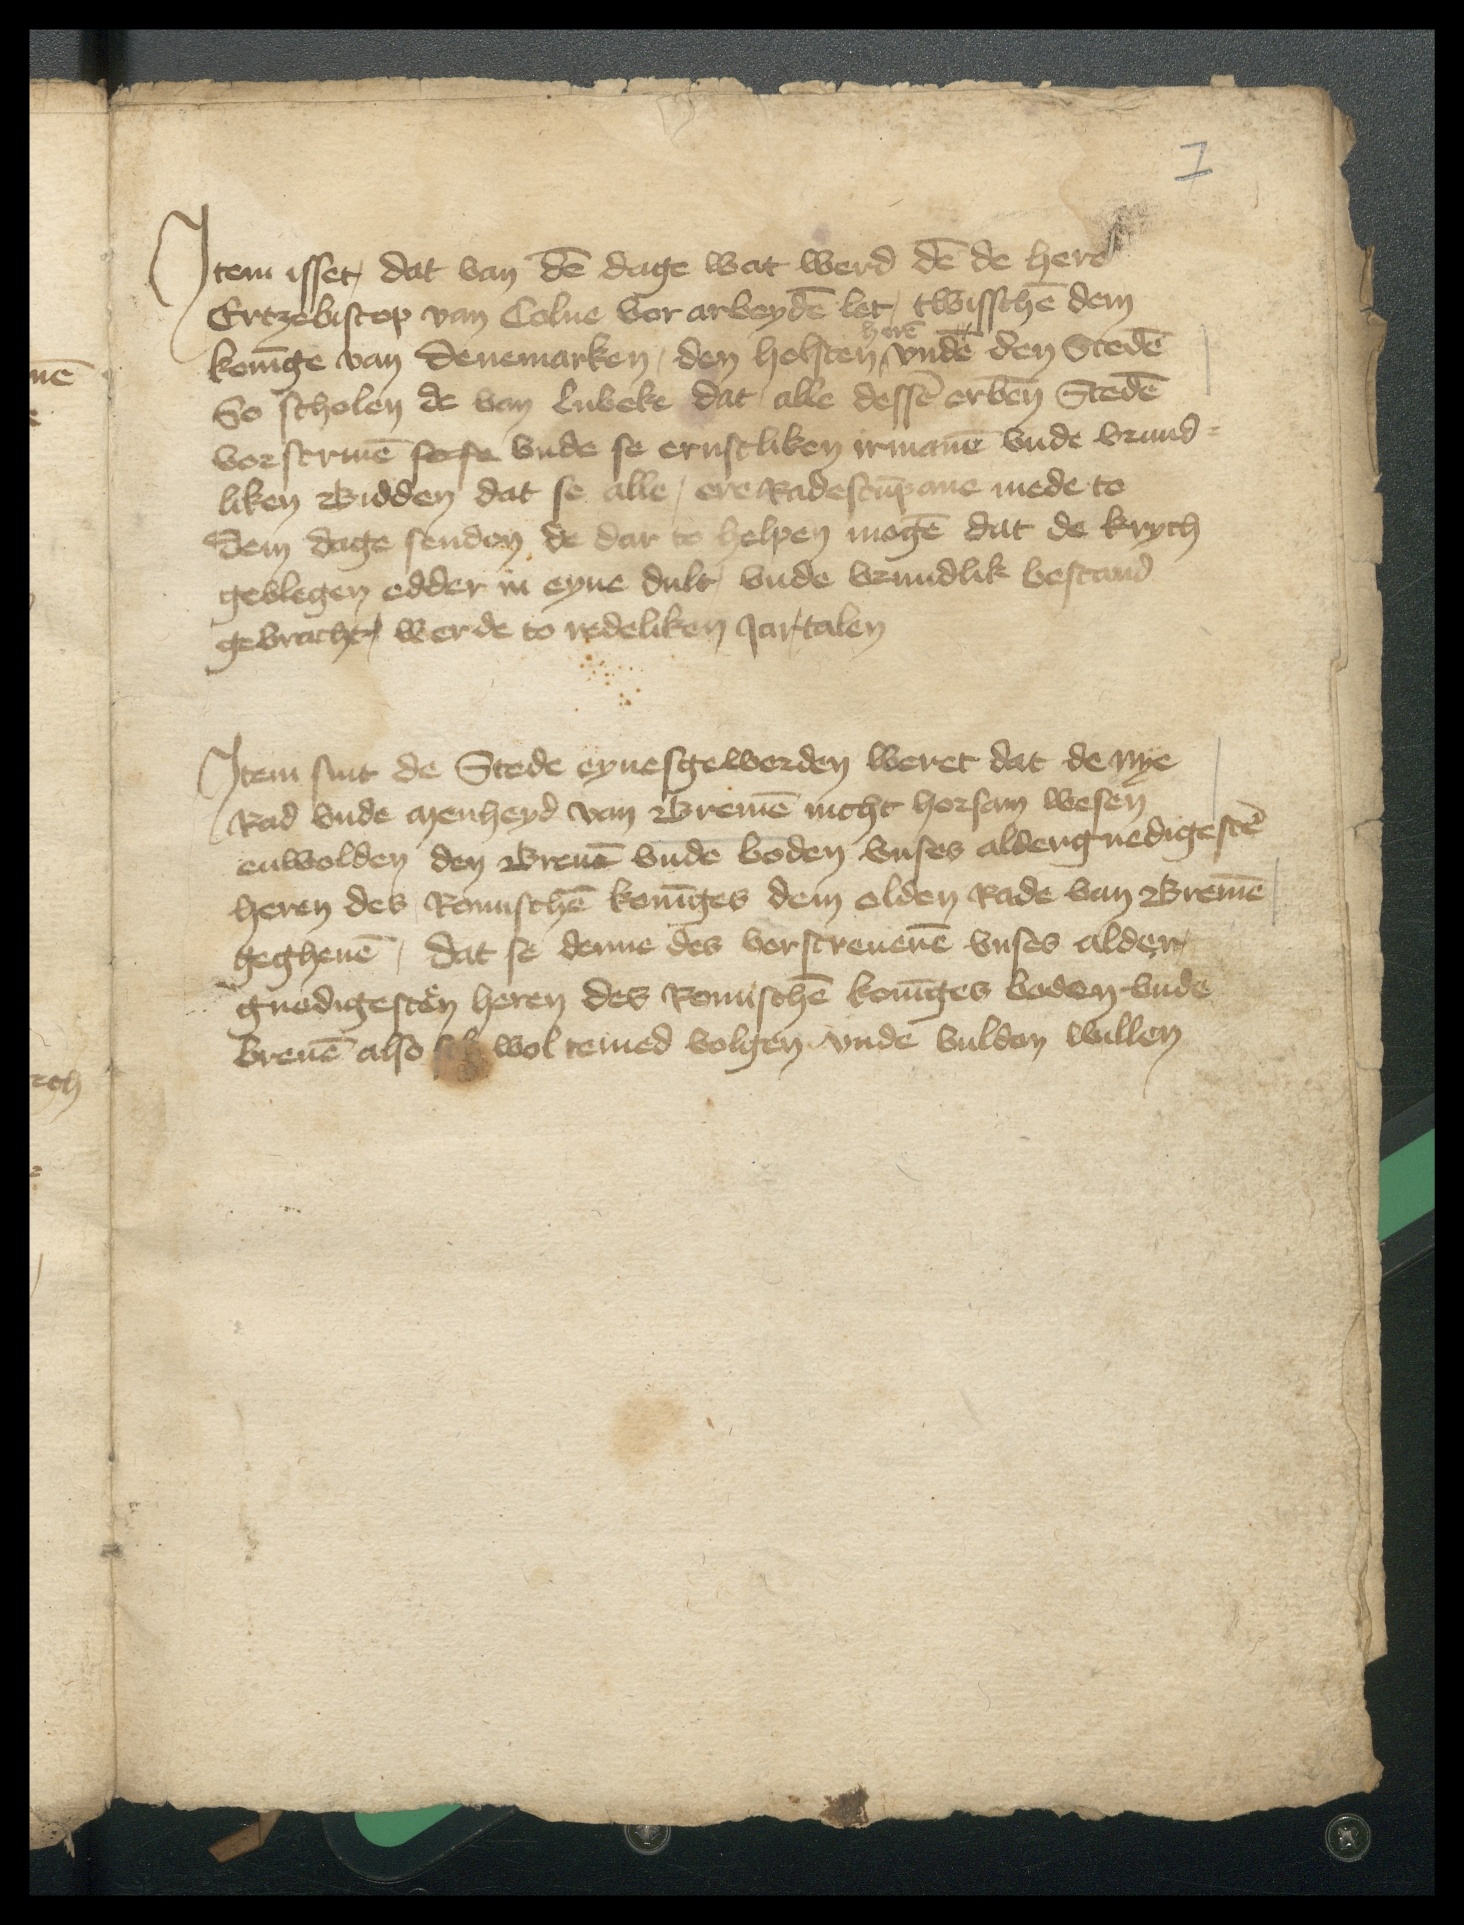
Jtem isset, dat van dem dage wat werd den de here
Ertzebiscop van Colne vor arbeyden let, twisschen dem
koninge van Denemarken, den Holsten heren vnde den Steden
So scholen de van Lubeke dat alle dessen erbenomden Steden
vorscriuen sefe vnde se ernstliken irmanen vnde vrund¬
liken Bidden dat se alle, ere Radescup ane mede to
dem dage senden de dar to belpen mogen dat de krych
gevlegen edder in eyne dult, vnde vrundlik bestand
gebracht werde to redeliken Jartalen

Jtem sint de Stede eynesgeworden weret dat de nye
Rad vnde menheyd van Bremen nicht horsam wesen
enwolden den Breuen vnde boden vnses allergnedigesten
heren des Romischen koninges dem olden Rade van Bremen
gegheuen, dat se denne des vorscreuenen vnses alder
gnodigesten heren des Romischen koninges boden vnde
breuen also sik wol temed volgen vnde vulden willen